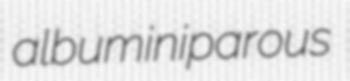
albuminiparous